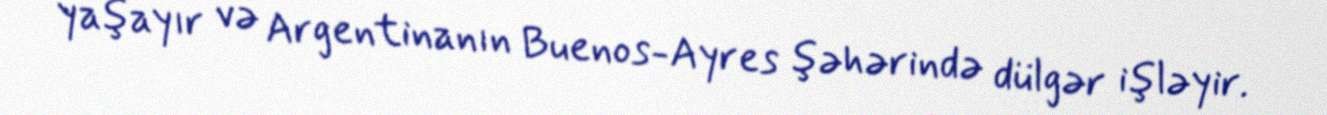
yaşayır və Argentinanın Buenos-Ayres şəhərində dülgər işləyir.